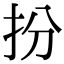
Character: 扮